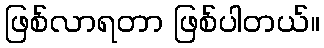
ဖြစ်လာရတာ ဖြစ်ပါတယ်။